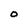
Character: O